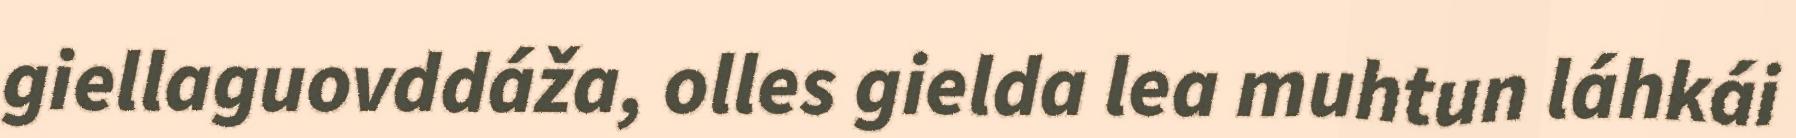
giellaguovddáža, olles gielda lea muhtun láhkái